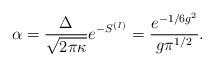
LaTeX: \begin{align*}\alpha= \frac{\Delta}{\sqrt{2\pi\kappa}} e^{-S^{(I)}} =\frac{e^{-1/6g^2}}{g\pi^{1/2}}.\end{align*}